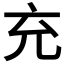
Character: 充